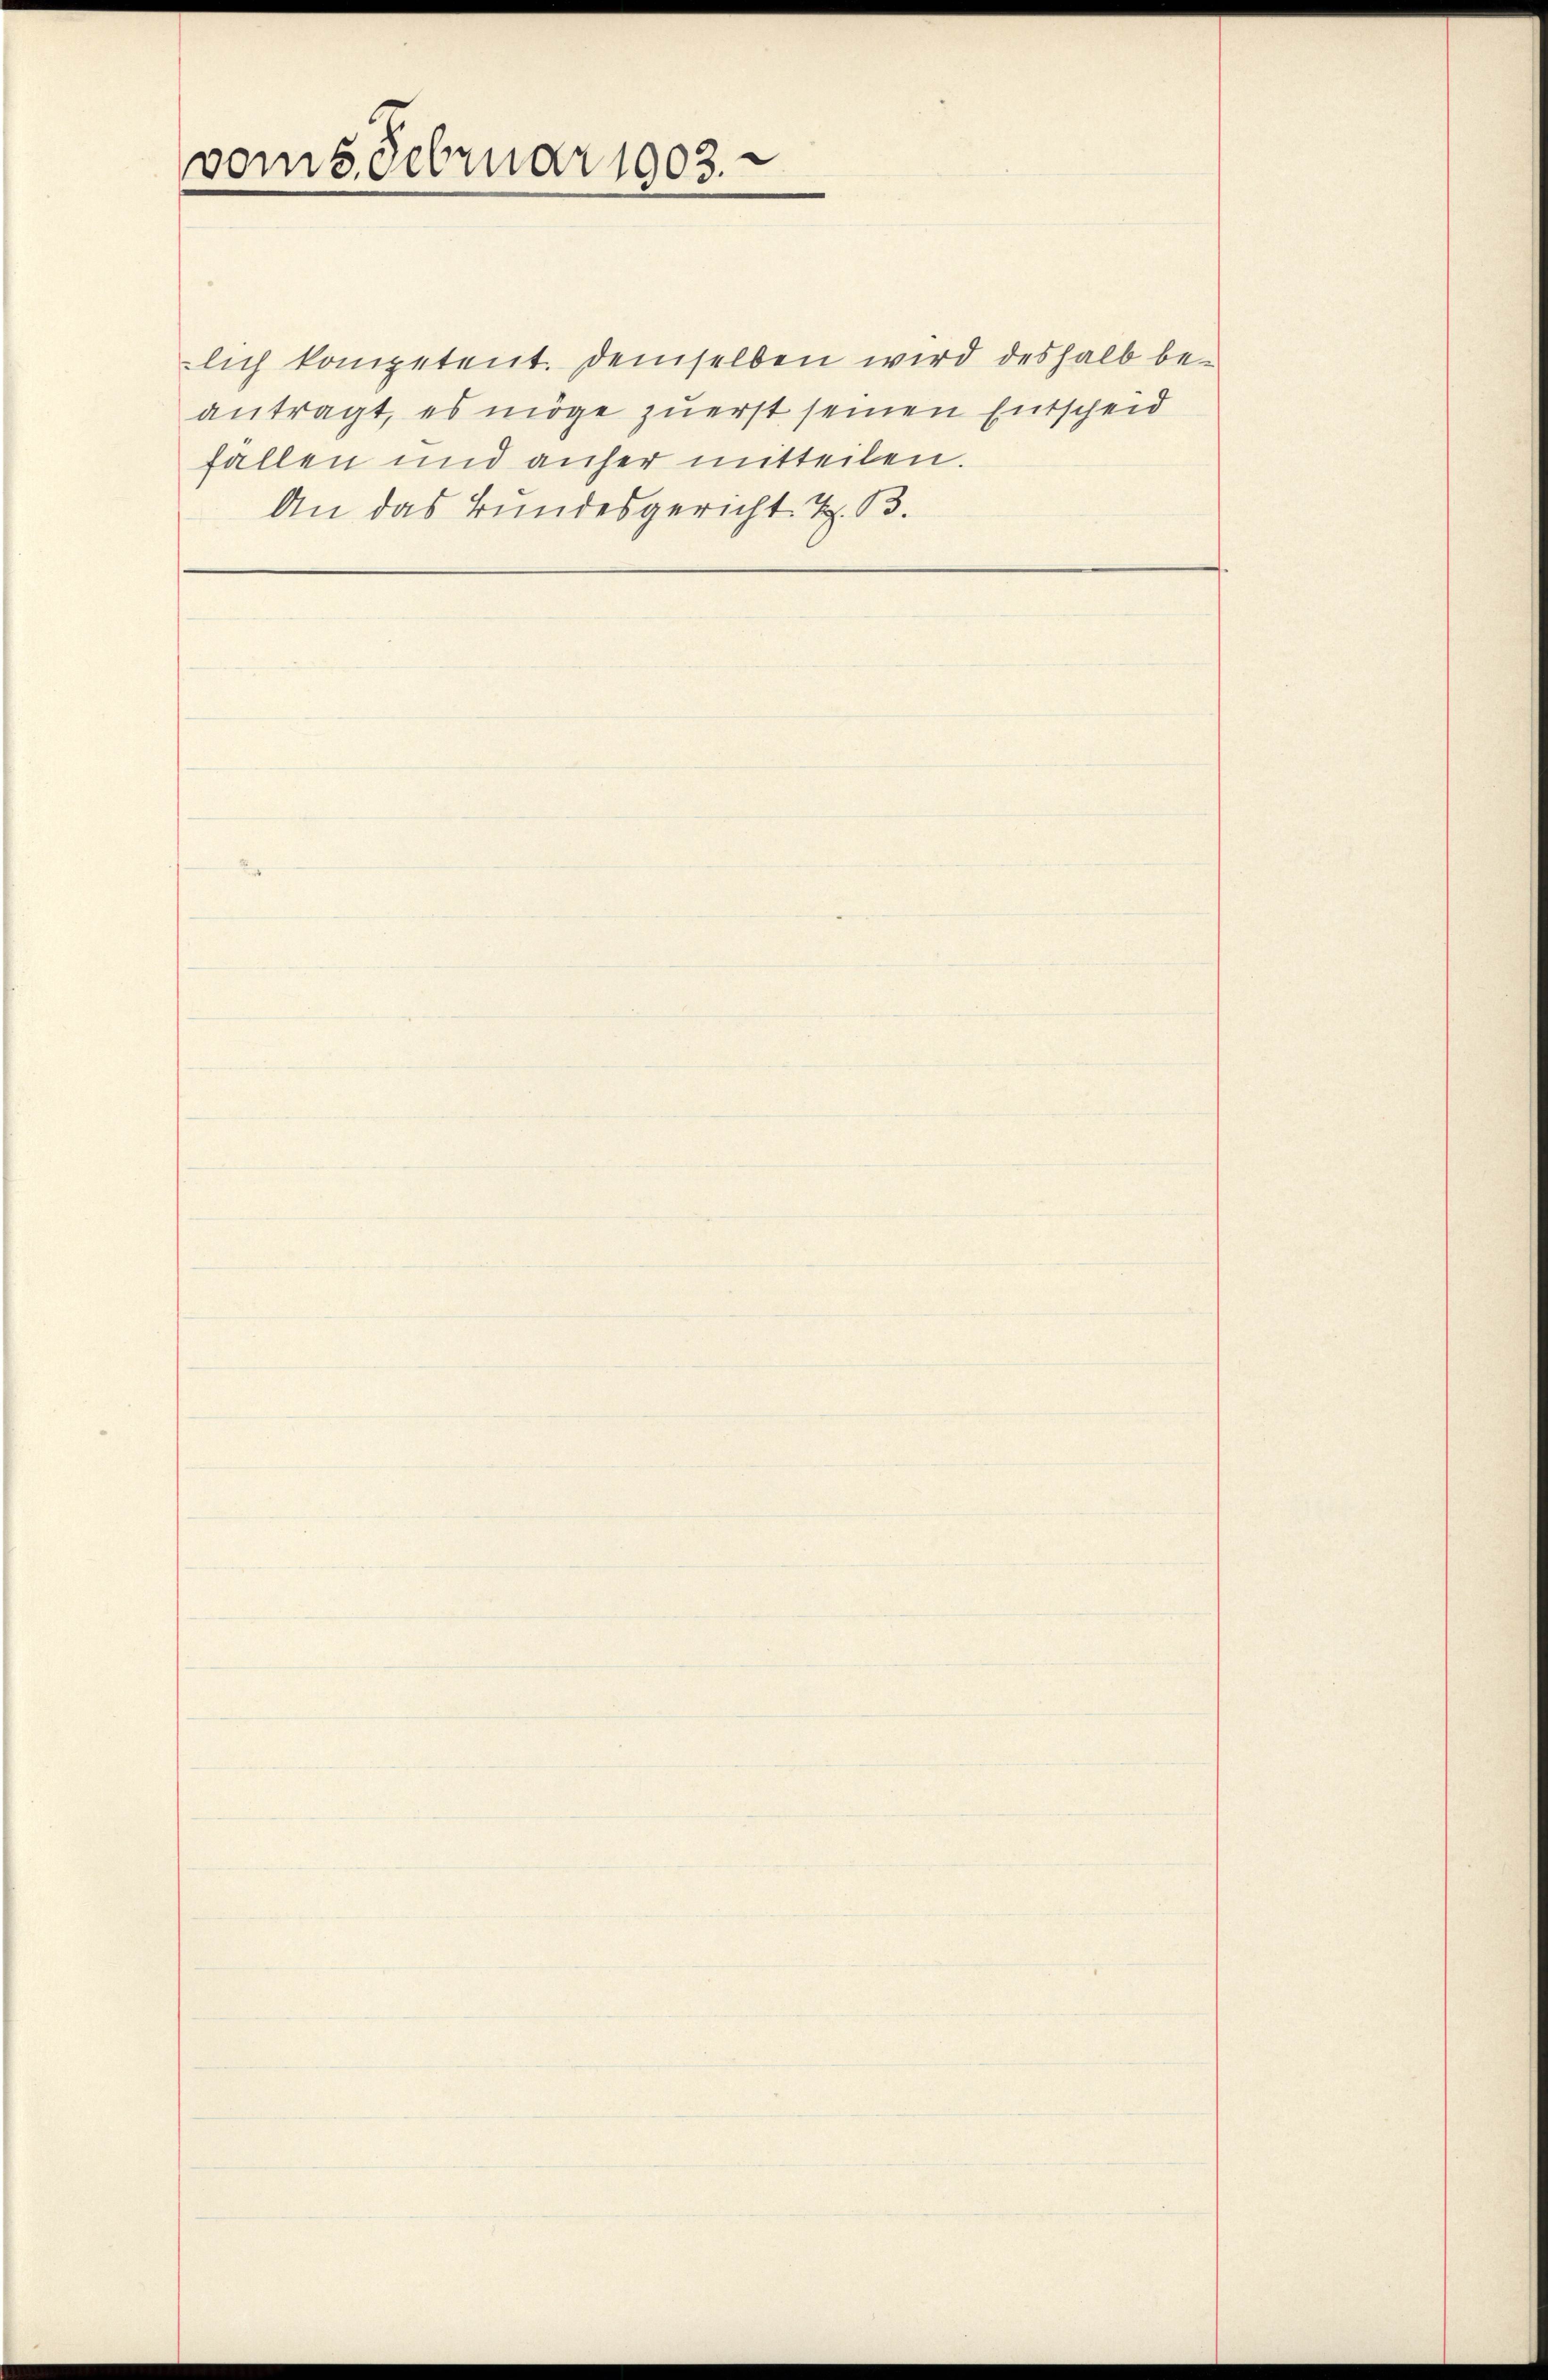
vom 5. Februar 1903.

lich kompetent. demselben wird deshalb beantragt, es möge zuerst seinen Entscheid
fällen und anher mitteilen.
An das Bundesgericht Z. B.